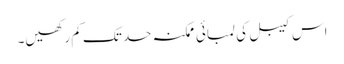
اس کیبل کی لمبائی ممکنہ حد تک کم رکھیں۔